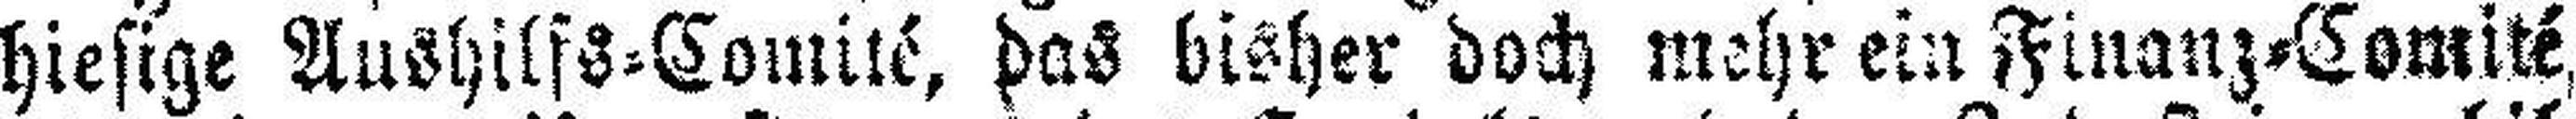
hiesige Aushilfs=Comité, das bisher doch mehr ein Finanz=Comité